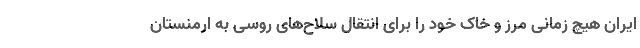
ایران هیچ زمانی مرز و خاک خود را برای انتقال سلاح‌های روسی به ارمنستان